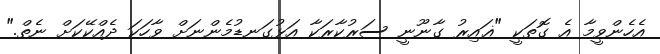
އެހެންވީމާ އެ ގޮތަކީ "ޣައިރު ގާނޫނީ ސަރުކާރަކާ އަޅުގަނޑުމެންނަށް ވާހަކަ ދެއްކޭކަށް ނެތް."